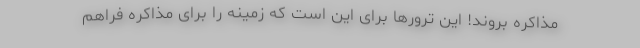
مذاکره بروند! این ترورها برای این است که زمینه را برای مذاکره فراهم